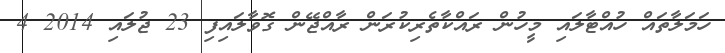
ހަމަލާތައް ހުއްޓާލައި މީހުން ރައްކާތެރިކުރަން ރާއްޖޭން ގޮވާލައިފި 23 ޖުލައި 2014 4